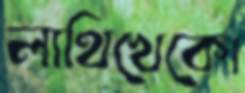
লাথিখেকো